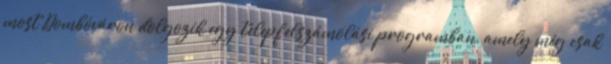
most Dombóváron dolgozik egy telepfelszámolási programban, amely még csak